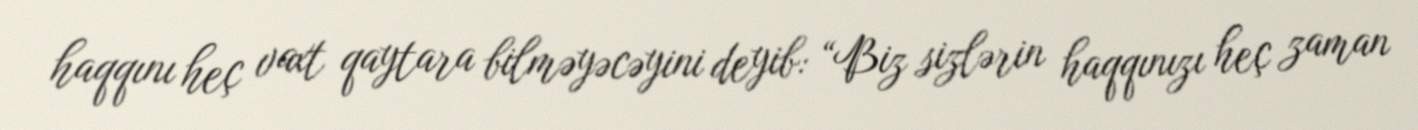
haqqını heç vaxt qaytara bilməyəcəyini deyib: “Biz sizlərin haqqınızı heç zaman